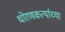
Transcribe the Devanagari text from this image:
धोरणकर्त्याच्या